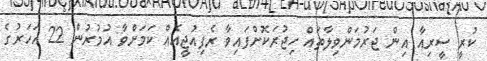
ކުރީ ސީރިއާ އިން ޖަރުމަންވިލާތައް ހިޖުރަކޮށްފައިވާ ރެފިއުޖީއެއް ކަމަށްވާ އުމުރުން 22 އަހަރުގެ